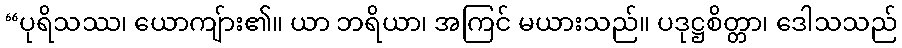
“ပုရိသဿ၊ ယောကျ်ား၏။ ယာ ဘရိယာ၊ အကြင် မယားသည်။ ပဒုဋ္ဌစိတ္တာ၊ ဒေါသသည်